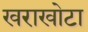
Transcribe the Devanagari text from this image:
खराखोटा